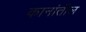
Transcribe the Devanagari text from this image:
कानांतील